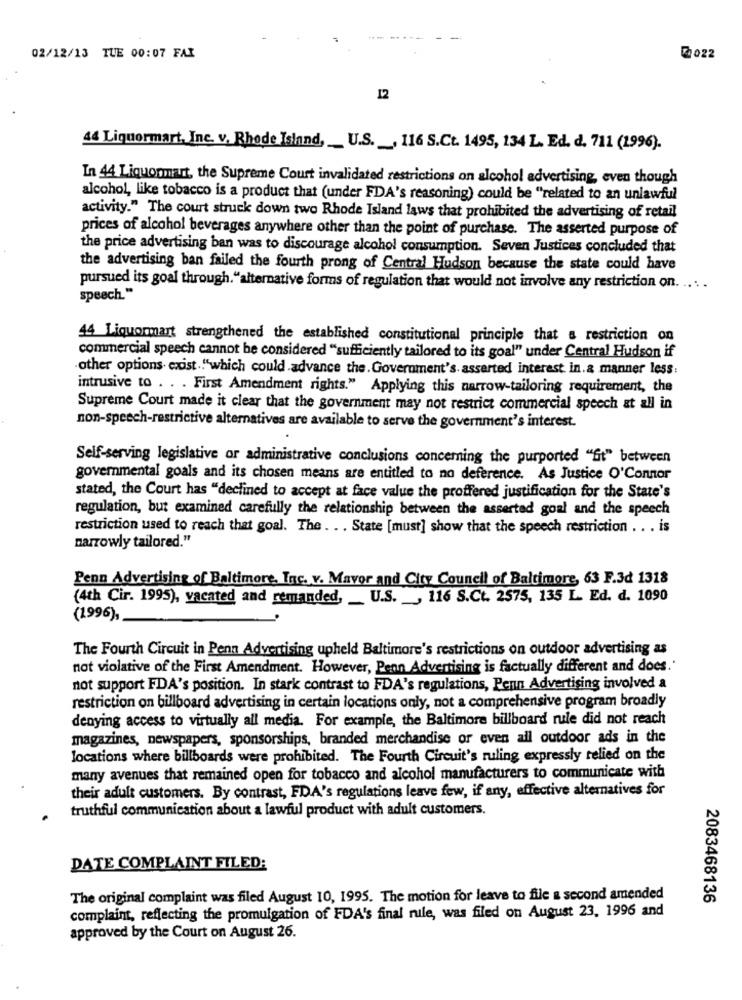
02/12/13 TUE 00:07 FAX
12
44 Liquormart, Inc. v. Rhode Island, U.S. , 116 S.Ct. 1495, 134 L. Ed. d. 711 (1996).
In 44 Liquormart, the Supreme Court invalidated restrictions on alcohol advertising, even though
alcohol, like tobacco is a product that (under FDA's reasoning) could be "related to an unlawful
activity." The court struck down two Rhode Island laws that prohibited the advertising of retail
prices of alcohol beverages anywhere other than the point of purchase. The asserted purpose of
the price advertising ban was to discourage alcohol consumption. Seven Justices concluded that
the advertising ban failed the fourth prong of Central Hudson because the state could have
pursued its goal through."alternative forms of regulation that would not involve any restriction on. ....
speech."
44 Liquormart strengthened the established constitutional principle that a restriction on
commercial speech cannot be considered "sufficiently tailored to its goal" under Central Hudson if
other options. exist .. "which could advance the .Government's asserted interest in.a manner less:
intrusive to . . . First Amendment rights." Applying this narrow-tailoring requirement, the
Supreme Court made it clear that the government may not restrict commercial speech at all in
non-speech-restrictive alternatives are available to serve the government's interest.
Self-serving legislative or administrative conclusions concerning the purported "fit" between
governmental goals and its chosen means are entitled to no deference. As Justice O'Connor
stated, the Court has "declined to accept at face value the proffered justification for the State's
regulation, but examined carefully the relationship between the asserted goal and the speech
restriction used to reach that goal. The . .. State [must] show that the speech restriction .. . is
narrowly tailored."
Penn Advertising of Baltimore, Inc. v. Mavor and City Council of Baltimore, 63 F.3d 1318
(4th Cir. 1995), vacated and remanded, _ U.S. , 116 S.Ct. 2575, 135 L. Ed. d. 1090
(1996),
The Fourth Circuit in Penn Advertising upheld Baltimore's restrictions on outdoor advertising as
not violative of the First Amendment. However, Pean Advertising is factually different and does.'
not support FDA's position. In stark contrast to FDA's regulations, Penn Advertising involved a
restriction on billboard advertising in certain locations only, not a comprehensive program broadly
denying access to virtually all media. For example, the Baltimore billboard rule did not reach
magazines, newspapers, sponsorships, branded merchandise or even all outdoor ads in the
locations where billboards were prohibited. The Fourth Circuit's ruling expressly relied on the
many avenues that remained open for tobacco and alcohol manufacturers to communicate with
their adult customers. By contrast, FDA's regulations leave few, if any, effective alternatives for
truthful communication about a lawful product with adult customers.
DATE COMPLAINT FILED:
The original complaint was filed August 10, 1995. The motion for leave to file a second amended
2083468136
complaint, reflecting the promulgation of FDA's final rule, was filed on August 23, 1996 and
approved by the Court on August 26.